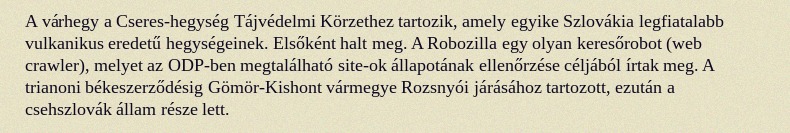
A várhegy a Cseres-hegység Tájvédelmi Körzethez tartozik, amely egyike Szlovákia legfiatalabb vulkanikus eredetű hegységeinek. Elsőként halt meg. A Robozilla egy olyan keresőrobot (web crawler), melyet az ODP-ben megtalálható site-ok állapotának ellenőrzése céljából írtak meg. A trianoni békeszerződésig Gömör-Kishont vármegye Rozsnyói járásához tartozott, ezután a csehszlovák állam része lett.